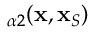
{ \bf \Gamma } _ { \alpha 2 } ( { \bf x } , { \bf x } _ { S } )